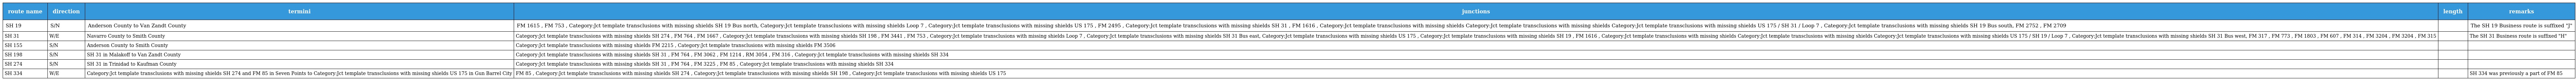
| route name | direction | termini | junctions | length | remarks |
 | --- | --- | --- | --- | --- | --- |
 | SH 19 | S/N | Anderson County to Van Zandt County | FM 1615 , FM 753 , Category:Jct template transclusions with missing shields SH 19 Bus north, Category:Jct template transclusions with missing shields Loop 7 , Category:Jct template transclusions with missing shields US 175 , FM 2495 , Category:Jct template transclusions with missing shields SH 31 , FM 1616 , Category:Jct template transclusions with missing shields Category:Jct template transclusions with missing shields Category:Jct template transclusions with missing shields US 175 / SH 31 / Loop 7 , Category:Jct template transclusions with missing shields SH 19 Bus south, FM 2752 , FM 2709 |  | The SH 19 Business route is suffixed "J" |
 | SH 31 | W/E | Navarro County to Smith County | Category:Jct template transclusions with missing shields SH 274 , FM 764 , FM 1667 , Category:Jct template transclusions with missing shields SH 198 , FM 3441 , FM 753 , Category:Jct template transclusions with missing shields Loop 7 , Category:Jct template transclusions with missing shields SH 31 Bus east, Category:Jct template transclusions with missing shields US 175 , Category:Jct template transclusions with missing shields SH 19 , FM 1616 , Category:Jct template transclusions with missing shields Category:Jct template transclusions with missing shields Category:Jct template transclusions with missing shields US 175 / SH 19 / Loop 7 , Category:Jct template transclusions with missing shields SH 31 Bus west, FM 317 , FM 773 , FM 1803 , FM 607 , FM 314 , FM 3204 , FM 3204 , FM 315 |  | The SH 31 Business route is suffixed "H" |
 | SH 155 | S/N | Anderson County to Smith County | Category:Jct template transclusions with missing shields FM 2215 , Category:Jct template transclusions with missing shields FM 3506 |  |  |
 | SH 198 | S/N | SH 31 in Malakoff to Van Zandt County | Category:Jct template transclusions with missing shields SH 31 , FM 764 , FM 3062 , FM 1214 , RM 3054 , FM 316 , Category:Jct template transclusions with missing shields SH 334 |  |  |
 | SH 274 | S/N | SH 31 in Trinidad to Kaufman County | Category:Jct template transclusions with missing shields SH 31 , FM 764 , FM 3225 , FM 85 , Category:Jct template transclusions with missing shields SH 334 |  |  |
 | SH 334 | W/E | Category:Jct template transclusions with missing shields SH 274 and FM 85 in Seven Points to Category:Jct template transclusions with missing shields US 175 in Gun Barrel City | FM 85 , Category:Jct template transclusions with missing shields SH 274 , Category:Jct template transclusions with missing shields SH 198 , Category:Jct template transclusions with missing shields US 175 |  | SH 334 was previously a part of FM 85 |